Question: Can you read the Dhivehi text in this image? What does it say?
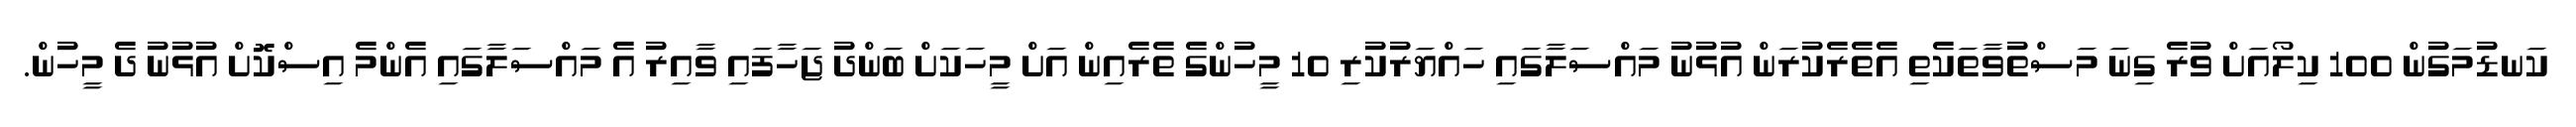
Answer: ކަނޑުމަގުން 100 ކިލޯއަށް ވުރެ ގިނަ މަސްތުވާތަކެތި އެތެރެކުރަން އުޅުނު މައްސަލާގައި ހައްޔަރުކުރި 10 މީހުންގެ ތެރެއިން އަށް މީހަކަށް ބަންދު ޖަހާފައި ވާއިރު އެ މައްސަލާގައި އެންމެ އިސްކޮށް އުޅުނު ދެ މީހުން.